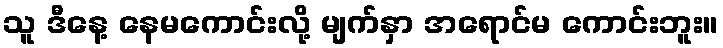
သူ ဒီနေ့ နေမကောင်းလို့ မျက်နှာ အရောင်မ ကောင်းဘူး။